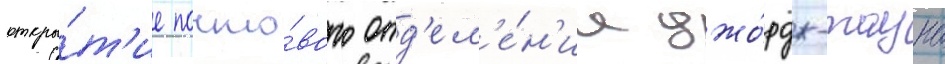
откры́т'ие почто́вого отд'ел'е́н'иа джо́рдж-тауна